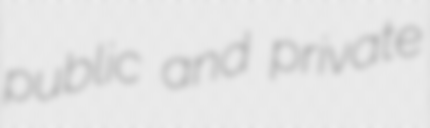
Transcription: public and private